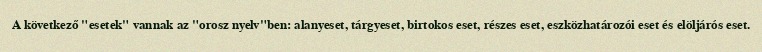
A következő "esetek" vannak az "orosz nyelv"ben: alanyeset, tárgyeset, birtokos eset, részes eset, eszközhatározói eset és elöljárós eset.